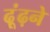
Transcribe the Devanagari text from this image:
ढ़ूंढ़ने